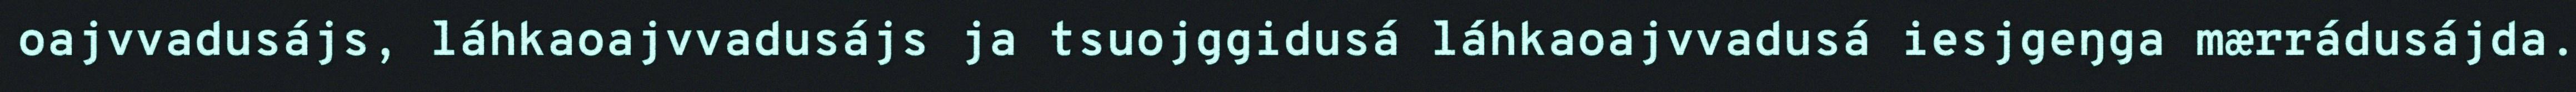
oajvvadusájs, láhkaoajvvadusájs ja tsuojggidusá láhkaoajvvadusá iesjgeŋga mærrádusájda.